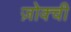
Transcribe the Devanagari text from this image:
ज़ोक्ची